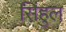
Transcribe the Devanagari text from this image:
सिंहुल